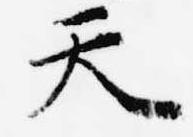
天